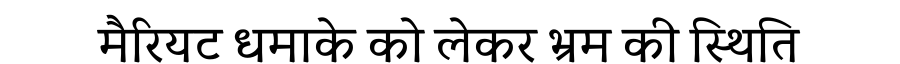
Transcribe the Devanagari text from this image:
मैरियट धमाके को लेकर भ्रम की स्थिति